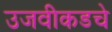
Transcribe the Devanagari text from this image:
उजवीकडचे